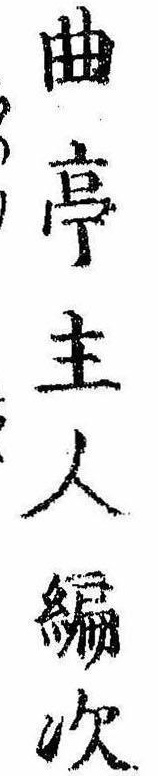
曲亭主人編次